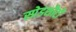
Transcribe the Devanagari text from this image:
स्प्रेडशीटों